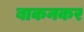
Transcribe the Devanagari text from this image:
बाकनकर